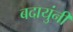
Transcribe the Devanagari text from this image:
बदायुंनी